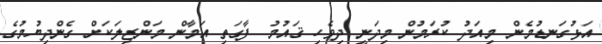
އަޅުގަނޑުމެން މިއަދު ކުރަމުން މިދަނީ ދިވެހި ޤައުމު ފާގަތި އަމާން މަންޒިލަކަށް ގެންދިޔުމުގެ